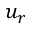
u _ { r }